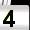
Digit: 4